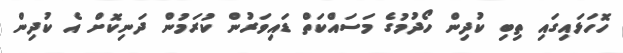
ހޮހަޅައިގައި ތިބި ކުދިން ހޯދުމުގެ މަސައްކަތް ޑައިވަރުން ކުރަމުން ދަނިކޮށް އެ ކުދިން